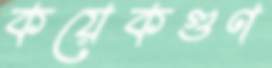
কয়েকগুণ